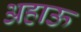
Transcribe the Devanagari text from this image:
अहाऊ